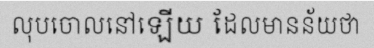
លុបចោលនៅឡើយ ដែលមានន័យថា